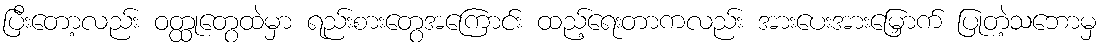
ပြီးတော့လည်း ဝတ္ထုတွေထဲမှာ ရည်းစားတွေအကြောင်း ထည့်ရေးတာကလည်း အားပေးအားမြှောက် ပြုတဲ့သဘောမှ